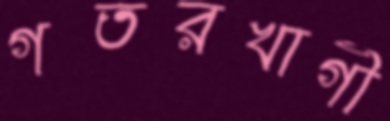
গতরখাগী